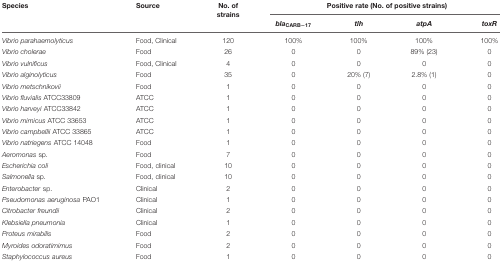
| Species | Source | No. of strains | <COLSPAN=4> Positive rate (No. of positive strains) |
 |  |  |  | blaCARB-17 | tlh | atpA | toxR |
 | --- | --- | --- | --- | --- | --- | --- |
 | Vibrio parahaemolyticus | Food, Clinical | 120 | 100% | 100% | 100% | 100% |
 | Vibrio cholerae | Food | 26 | 0 | 0 | 89% (23) | 0 |
 | Vibrio vulnificus | Food, Clinical | 4 | 0 | 0 | 0 | 0 |
 | Vibrio alginolyticus | Food | 35 | 0 | 20% (7) | 2.8% (1) | 0 |
 | Vibrio metschnikovii | Food | 1 | 0 | 0 | 0 | 0 |
 | Vibrio fluvialis ATCC33809 | ATCC | 1 | 0 | 0 | 0 | 0 |
 | Vibrio harveyi ATCC33842 | ATCC | 1 | 0 | 0 | 0 | 0 |
 | Vibrio mimicus ATCC 33653 | ATCC | 1 | 0 | 0 | 0 | 0 |
 | Vibrio campbellii ATCC 33865 | ATCC | 1 | 0 | 0 | 0 | 0 |
 | Vibrio natriegens ATCC 14048 | Food | 1 | 0 | 0 | 0 | 0 |
 | Aeromonas sp. | Food | 7 | 0 | 0 | 0 | 0 |
 | Escherichia coli | Food, clinical | 10 | 0 | 0 | 0 | 0 |
 | Salmonella sp. | Food, clinical | 10 | 0 | 0 | 0 | 0 |
 | Enterobacter sp. | Clinical | 2 | 0 | 0 | 0 | 0 |
 | Pseudomonas aeruginosa PAO1 | Clinical | 1 | 0 | 0 | 0 | 0 |
 | Citrobacter freundii | Clinical | 2 | 0 | 0 | 0 | 0 |
 | Klebsiella pneumonia | Clinical | 1 | 0 | 0 | 0 | 0 |
 | Proteus mirabilis | Food | 2 | 0 | 0 | 0 | 0 |
 | Myroides odoratimimus | Food | 2 | 0 | 0 | 0 | 0 |
 | Staphylococcus aureus | Food | 1 | 0 | 0 | 0 | 0 |